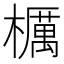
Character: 櫔